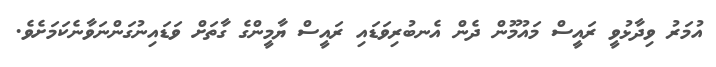
އުމަރު ވިދާޅުވީ ރައީސް މައުމޫން ދެން އެނބުރިވަޑައި ރައީސް ޔާމީންގެ ގާތަށް ވަޑައިނުގަންނަވާނެކަމަށެވެ.